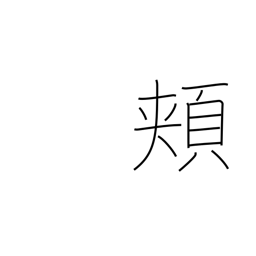
Meaning: cheeks